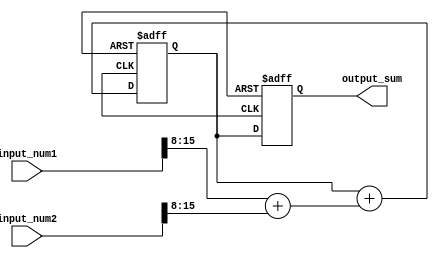
module fixed_point_adder (
    input [15:0] input_num1,
    input [15:0] input_num2,
    output reg [15:0] output_sum
);

reg [15:0] intermediate_result;

always @ (posedge clk or posedge rst) begin
    if (rst) begin
        intermediate_result <= 16'h0;
        output_sum <= 16'h0;
    end else begin
        intermediate_result <= input_num1[7:0] + input_num2[7:0];
        intermediate_result <= intermediate_result + (input_num1[15:8] + input_num2[15:8]);
        output_sum <= intermediate_result;
    end
end

endmodule